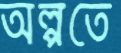
অল্পতে